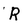
Character: R